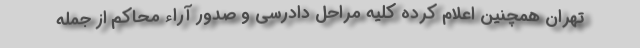
تهران همچنین اعلام کرده کلیه مراحل دادرسی و صدور آراء محاکم از جمله